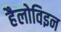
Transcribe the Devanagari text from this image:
हैलोविइन